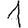
Digit: 1